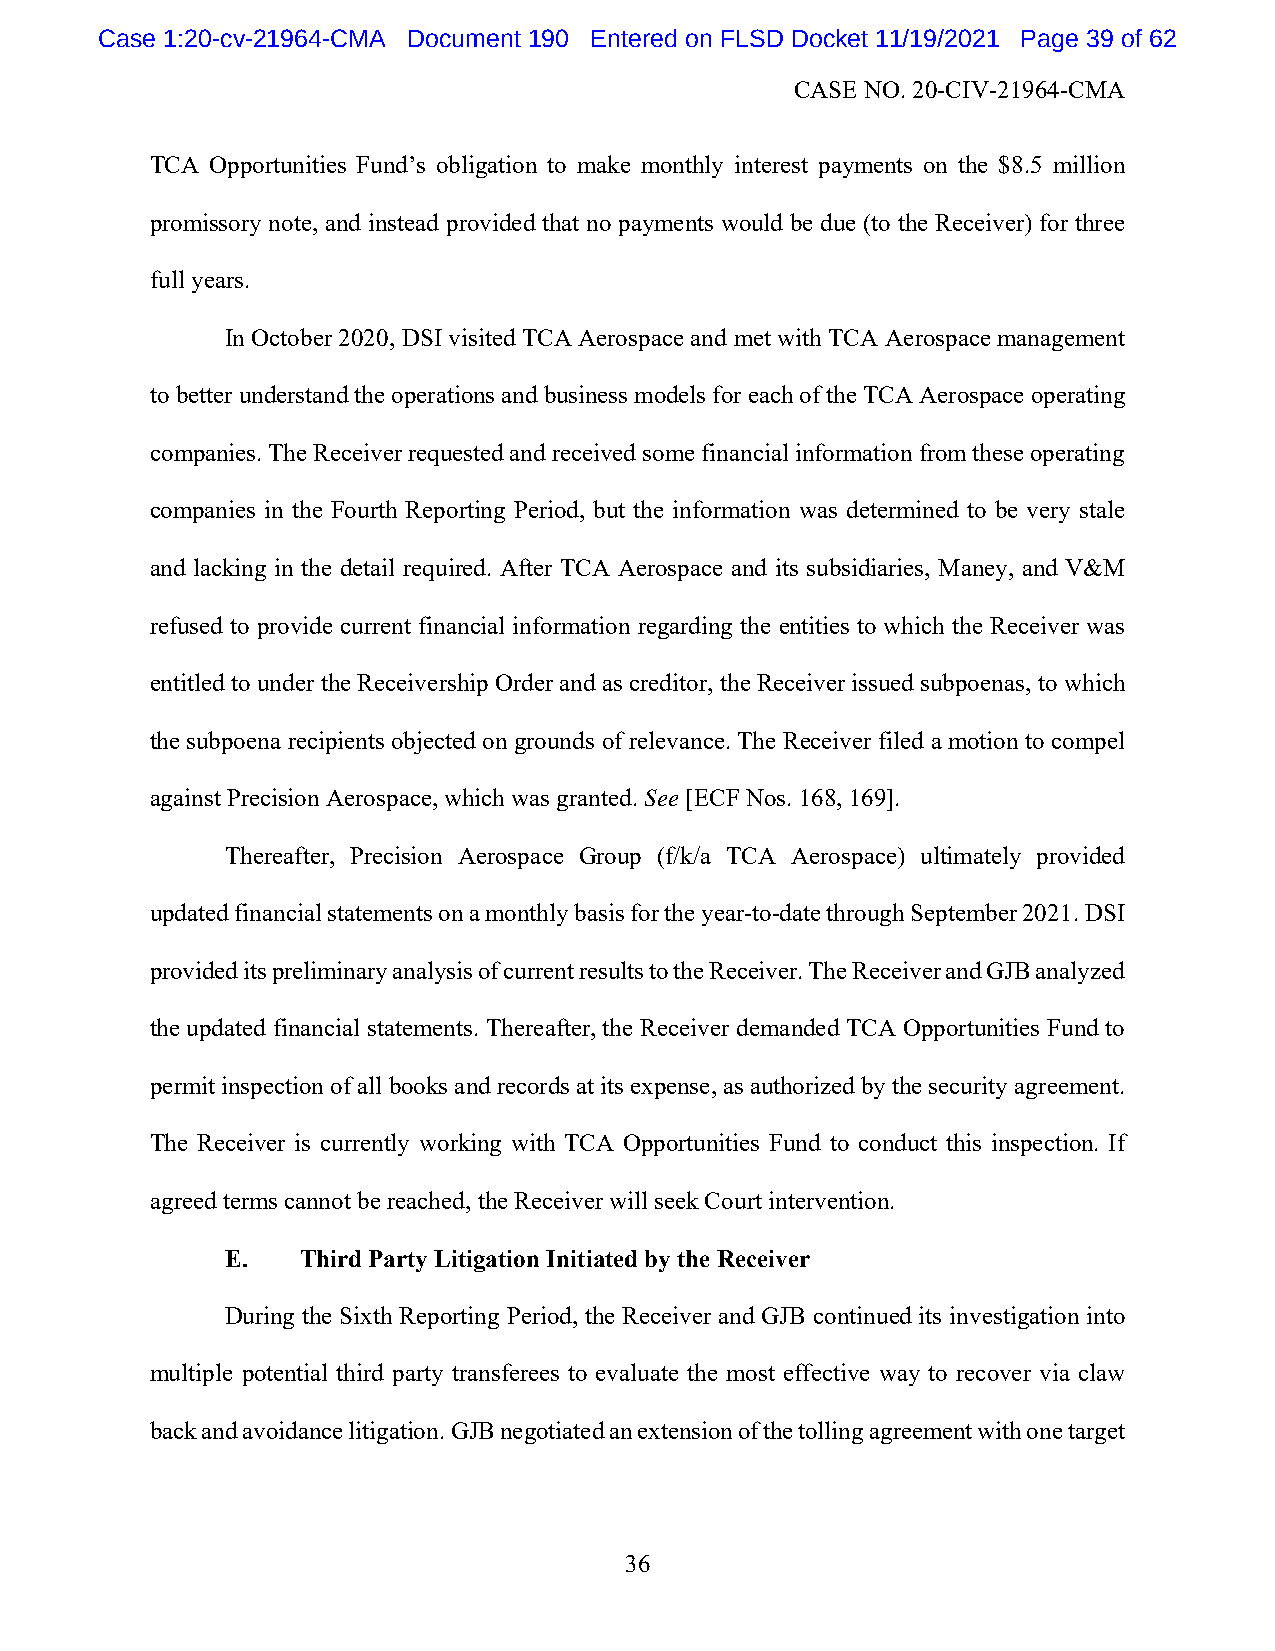
Case 1:20-cv-21964-CMA Document 190 Entered on FLSD Docket 11/19/2021 Page 39 of 62
 CASE NO. 20-CIV-21964-CMA
 TCA Opportunities Fund’s obligation to make monthly interest payments on the $8.5 million
 promissory note, and instead provided that no payments would be due (to the Receiver) for three
 full years.
 In October 2020, DSI visited TCA Aerospace and met with TCA Aerospace management
 to better understand the operations and business models for each of the TCA Aerospace operating
 companies. The Receiver requested and received some financial information from these operating
 companies in the Fourth Reporting Period, but the information was determined to be very stale
 and lacking in the detail required. After TCA Aerospace and its subsidiaries, Maney, and V&M
 refused to provide current financial information regarding the entities to which the Receiver was
 entitled to under the Receivership Order and as creditor, the Receiver issued subpoenas, to which
 the subpoena recipients objected on grounds of relevance. The Receiver filed a motion to compel
 against Precision Aerospace, which was granted. See [ECF Nos. 168, 169].
 Thereafter, Precision Aerospace Group (f/k/a TCA Aerospace) ultimately provided
 updated financial statements on a monthly basis for the year-to-date through September 2021. DSI
 provided its preliminary analysis of current results to the Receiver. The Receiver and GJB analyzed
 the updated financial statements. Thereafter, the Receiver demanded TCA Opportunities Fund to
 permit inspection of all books and records at its expense, as authorized by the security agreement.
 The Receiver is currently working with TCA Opportunities Fund to conduct this inspection. If
 agreed terms cannot be reached, the Receiver will seek Court intervention.
 E.   Third Party Litigation Initiated by the Receiver
 During the Sixth Reporting Period, the Receiver and GJB continued its investigation into
 multiple potential third party transferees to evaluate the most effective way to recover via claw
 back and avoidance litigation. GJB negotiated an extension of the tolling agreement with one target
 36